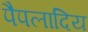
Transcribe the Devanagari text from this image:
पैपलादिय